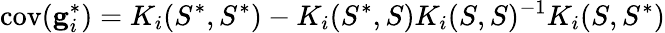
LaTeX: \mathrm{cov}(\mathbf{g}_{i}^{*})=K_{i}(S^{*},S^{*})-K_{i}(S^{*},S)K_{i}(S,S)^{-1}K_{i}(S,S^{*})